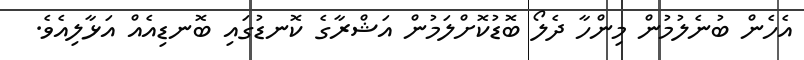
އެހެން ބުނެލުމުން މިންހާ ދެލޯ ބޮޑުކޮށްލަމުން އަޝްރާގެ ކޮނޑުގައި ބޮނޑިއެއް އަޅާލިއެވެ.